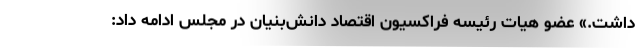
داشت.» عضو هیات رئیسه فراکسیون اقتصاد دانش‌بنیان در مجلس ادامه داد: